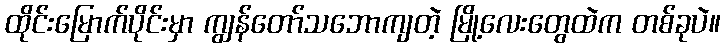
ထိုင်းမြောက်ပိုင်းမှာ ကျွန်တော်သဘောကျတဲ့ မြို့လေးတွေထဲက တစ်ခုပဲ။